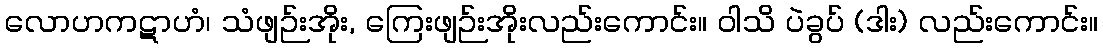
လောဟကဋာဟံ၊ သံဖျဉ်းအိုး, ကြေးဖျဉ်းအိုးလည်းကောင်း။ ဝါသိ ပဲခွပ် (ဒါး) လည်းကောင်း။